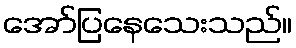
အော်ပြနေသေးသည်။